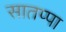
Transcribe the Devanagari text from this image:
सातप्पा